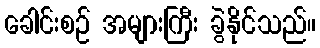
ခေါင်းစဉ် အများကြီး ခွဲနိုင်သည်။